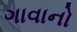
ગાવાનો